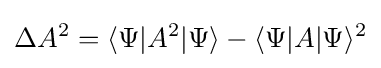
\Delta A^{2}=\langle \Psi |A^{2}|\Psi \rangle -\langle \Psi |A|\Psi \rangle ^{2}